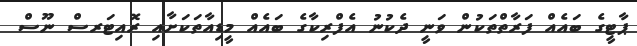
ޕާޓީގެ ބައެއް ފަރާތްތަކުން ވަނީ ދެކުނު އެފްރިކާގެ ބައެއް މީޑިއާތަކަށާއި ރޮއިޓަރސް ނޫސް